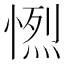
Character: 𢟏